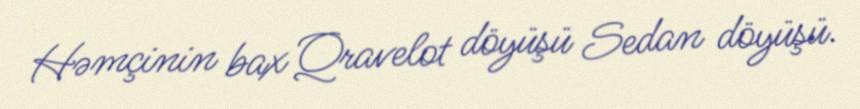
Həmçinin bax Qravelot döyüşü Sedan döyüşü.